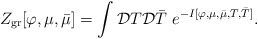
\begin{align*}Z_{\rm gr}[\varphi,\mu,\bar{\mu}] = \int {\cal D}T {\cal D}\bar{T} \,\,e^{-I[\varphi,\mu,\bar{\mu},T,\bar{T}]}.\end{align*}